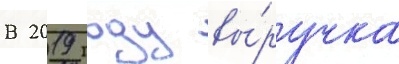
В 2019 году вы́ручка